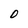
Character: O